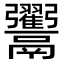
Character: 𩱲